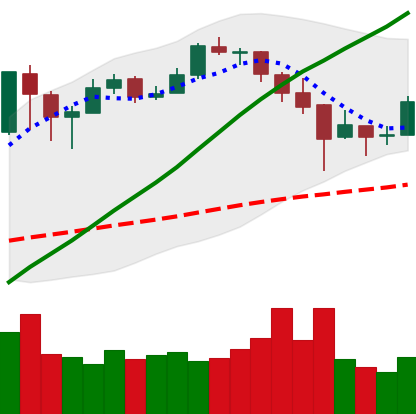
Ticker: BTC-USD
Chart end date: 2017-12-26
Forward return: -12.071%
Label: down_7plus